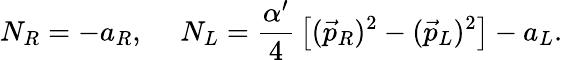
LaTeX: N_{R}=-a_{R},\ \ \ \ \ N_{L}={\frac{\alpha^{\prime}}{4}}\left[(\vec{p}_{R})^{2}-(\vec{p}_{L})^{2}\right]-a_{L}.